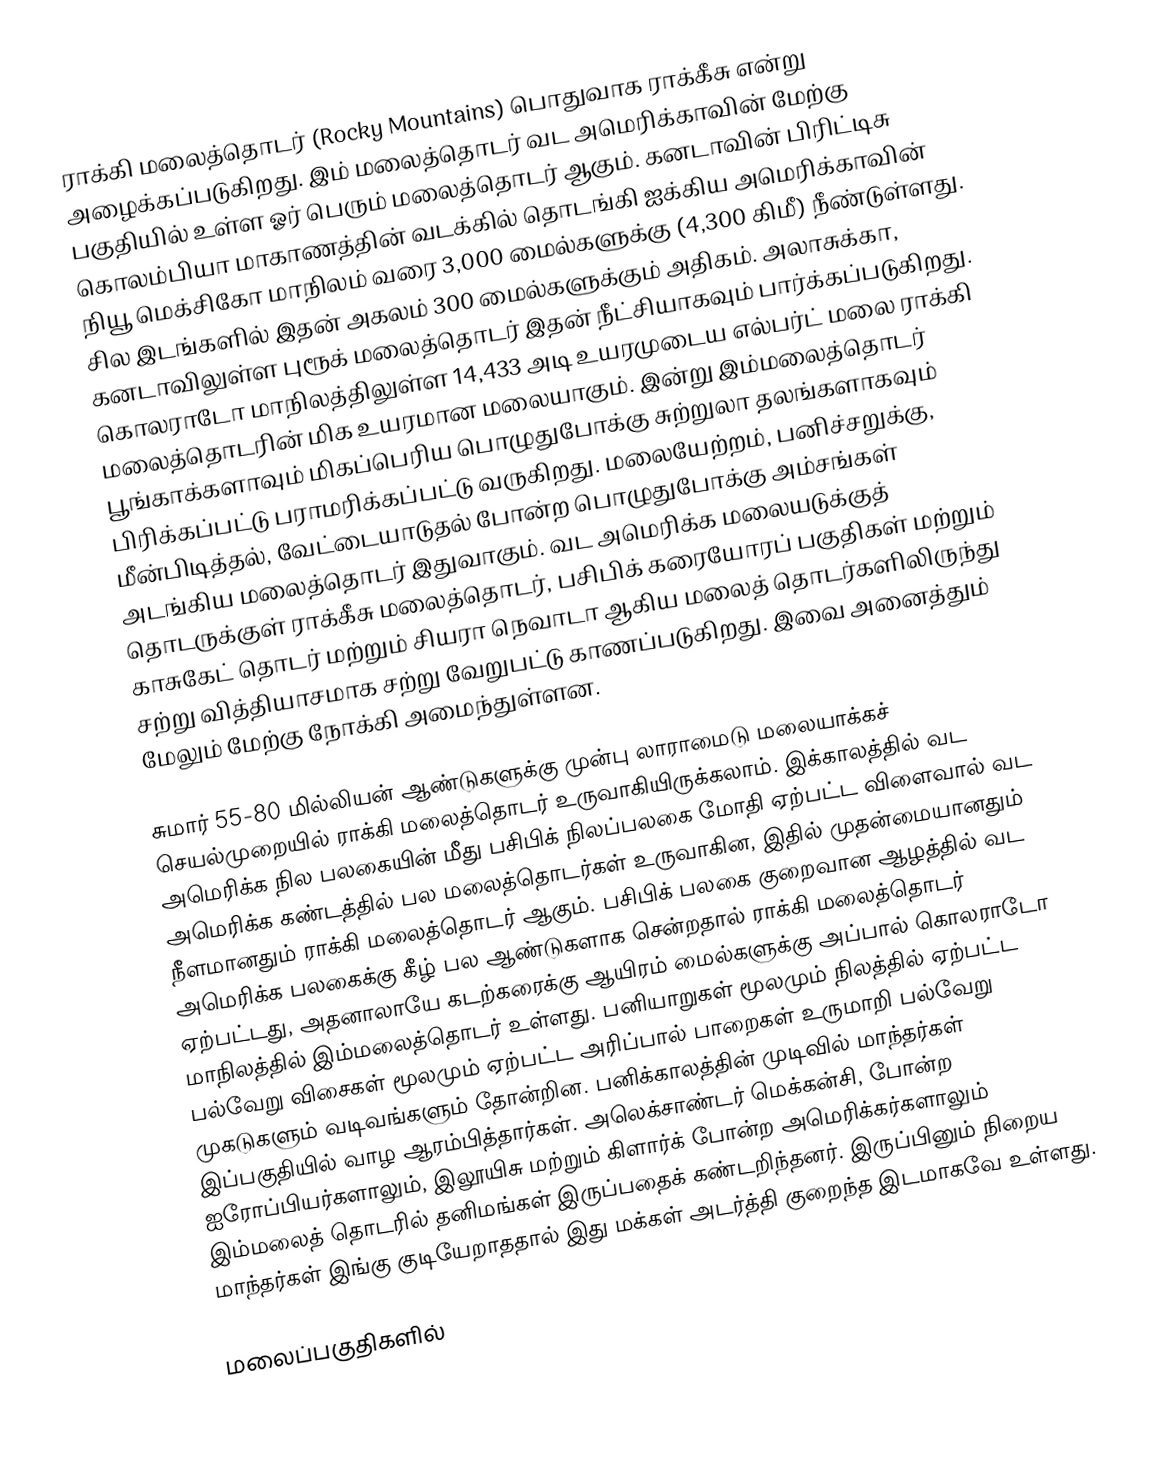
ராக்கி மலைத்தொடர் (Rocky Mountains) பொதுவாக ராக்கீசு என்று அழைக்கப்படுகிறது. இம் மலைத்தொடர் வட அமெரிக்காவின் மேற்கு பகுதியில் உள்ள ஓர் பெரும் மலைத்தொடர் ஆகும். கனடாவின் பிரிட்டிசு கொலம்பியா மாகாணத்தின் வடக்கில் தொடங்கி ஐக்கிய அமெரிக்காவின் நியூ மெக்சிகோ மாநிலம் வரை 3,000 மைல்களுக்கு (4,300 கிமீ) நீண்டுள்ளது. சில இடங்களில் இதன் அகலம் 300 மைல்களுக்கும் அதிகம். அலாசுக்கா, கனடாவிலுள்ள புரூக் மலைத்தொடர் இதன் நீட்சியாகவும் பார்க்கப்படுகிறது. கொலராடோ மாநிலத்திலுள்ள 14,433 அடி உயரமுடைய எல்பர்ட் மலை ராக்கி மலைத்தொடரின் மிக உயரமான மலையாகும். இன்று இம்மலைத்தொடர் பூங்காக்களாவும் மிகப்பெரிய பொழுதுபோக்கு சுற்றுலா தலங்களாகவும் பிரிக்கப்பட்டு பராமரிக்கப்பட்டு வருகிறது. மலையேற்றம், பனிச்சறுக்கு, மீன்பிடித்தல், வேட்டையாடுதல் போன்ற பொழுதுபோக்கு அம்சங்கள் அடங்கிய மலைத்தொடர் இதுவாகும். வட அமெரிக்க மலையடுக்குத் தொடருக்குள் ராக்கீசு மலைத்தொடர், பசிபிக் கரையோரப் பகுதிகள் மற்றும் காசுகேட் தொடர் மற்றும் சியரா நெவாடா ஆகிய மலைத் தொடர்களிலிருந்து சற்று வித்தியாசமாக சற்று வேறுபட்டு காணப்படுகிறது. இவை அனைத்தும் மேலும் மேற்கு நோக்கி அமைந்துள்ளன.

சுமார் 55-80 மில்லியன் ஆண்டுகளுக்கு முன்பு லாராமைடு மலையாக்கச் செயல்முறையில் ராக்கி மலைத்தொடர் உருவாகியிருக்கலாம். இக்காலத்தில் வட அமெரிக்க நில பலகையின் மீது பசிபிக் நிலப்பலகை மோதி ஏற்பட்ட விளைவால்  வட அமெரிக்க கண்டத்தில் பல மலைத்தொடர்கள் உருவாகின, இதில் முதன்மையானதும் நீளமானதும் ராக்கி மலைத்தொடர் ஆகும். பசிபிக் பலகை குறைவான ஆழத்தில் வட அமெரிக்க பலகைக்கு கீழ் பல ஆண்டுகளாக சென்றதால் ராக்கி மலைத்தொடர் ஏற்பட்டது, அதனாலாயே கடற்கரைக்கு ஆயிரம் மைல்களுக்கு அப்பால் கொலராடோ மாநிலத்தில் இம்மலைத்தொடர் உள்ளது. பனியாறுகள் மூலமும் நிலத்தில் ஏற்பட்ட பல்வேறு விசைகள் மூலமும் ஏற்பட்ட அரிப்பால் பாறைகள் உருமாறி பல்வேறு முகடுகளும் வடிவங்களும் தோன்றின. பனிக்காலத்தின் முடிவில் மாந்தர்கள் இப்பகுதியில் வாழ ஆரம்பித்தார்கள். அலெக்சாண்டர் மெக்கன்சி, போன்ற ஐரோப்பியர்களாலும், இலூயிசு மற்றும் கிளார்க் போன்ற அமெரிக்கர்களாலும் இம்மலைத் தொடரில் தனிமங்கள் இருப்பதைக்  கண்டறிந்தனர். இருப்பினும் நிறைய மாந்தர்கள் இங்கு குடியேறாததால் இது மக்கள் அடர்த்தி குறைந்த இடமாகவே உள்ளது.

மலைப்பகுதிகளில்